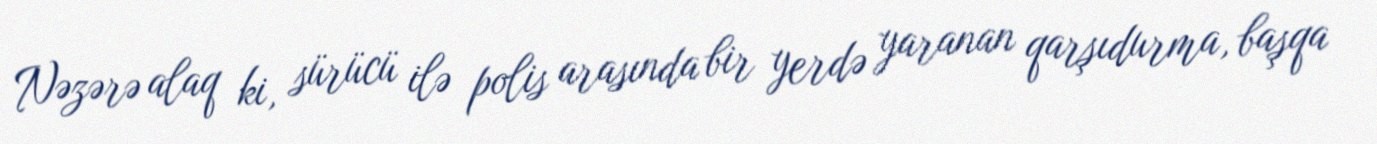
Nəzərə alaq ki, sürücü ilə polis arasında bir yerdə yaranan qarşıdurma, başqa